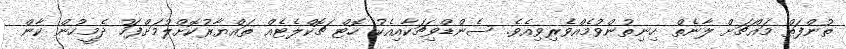
ތުންފަތް މައްޗަށް ލާނެތް ހިނިތުންވުމެއްވެރިވިއެވެ. ސެންޑްވިޗަކާއިއެކު ހޮޓް ޗޮކްލެޓެއް ތައްޔާރުކޮށްލުމަށްފަހު ދެމީހުން ކާން